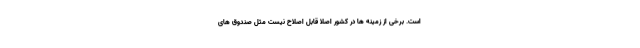
است. برخی از زمینه ها در کشور اصلا قابل اصلاح نیست مثل صندوق های